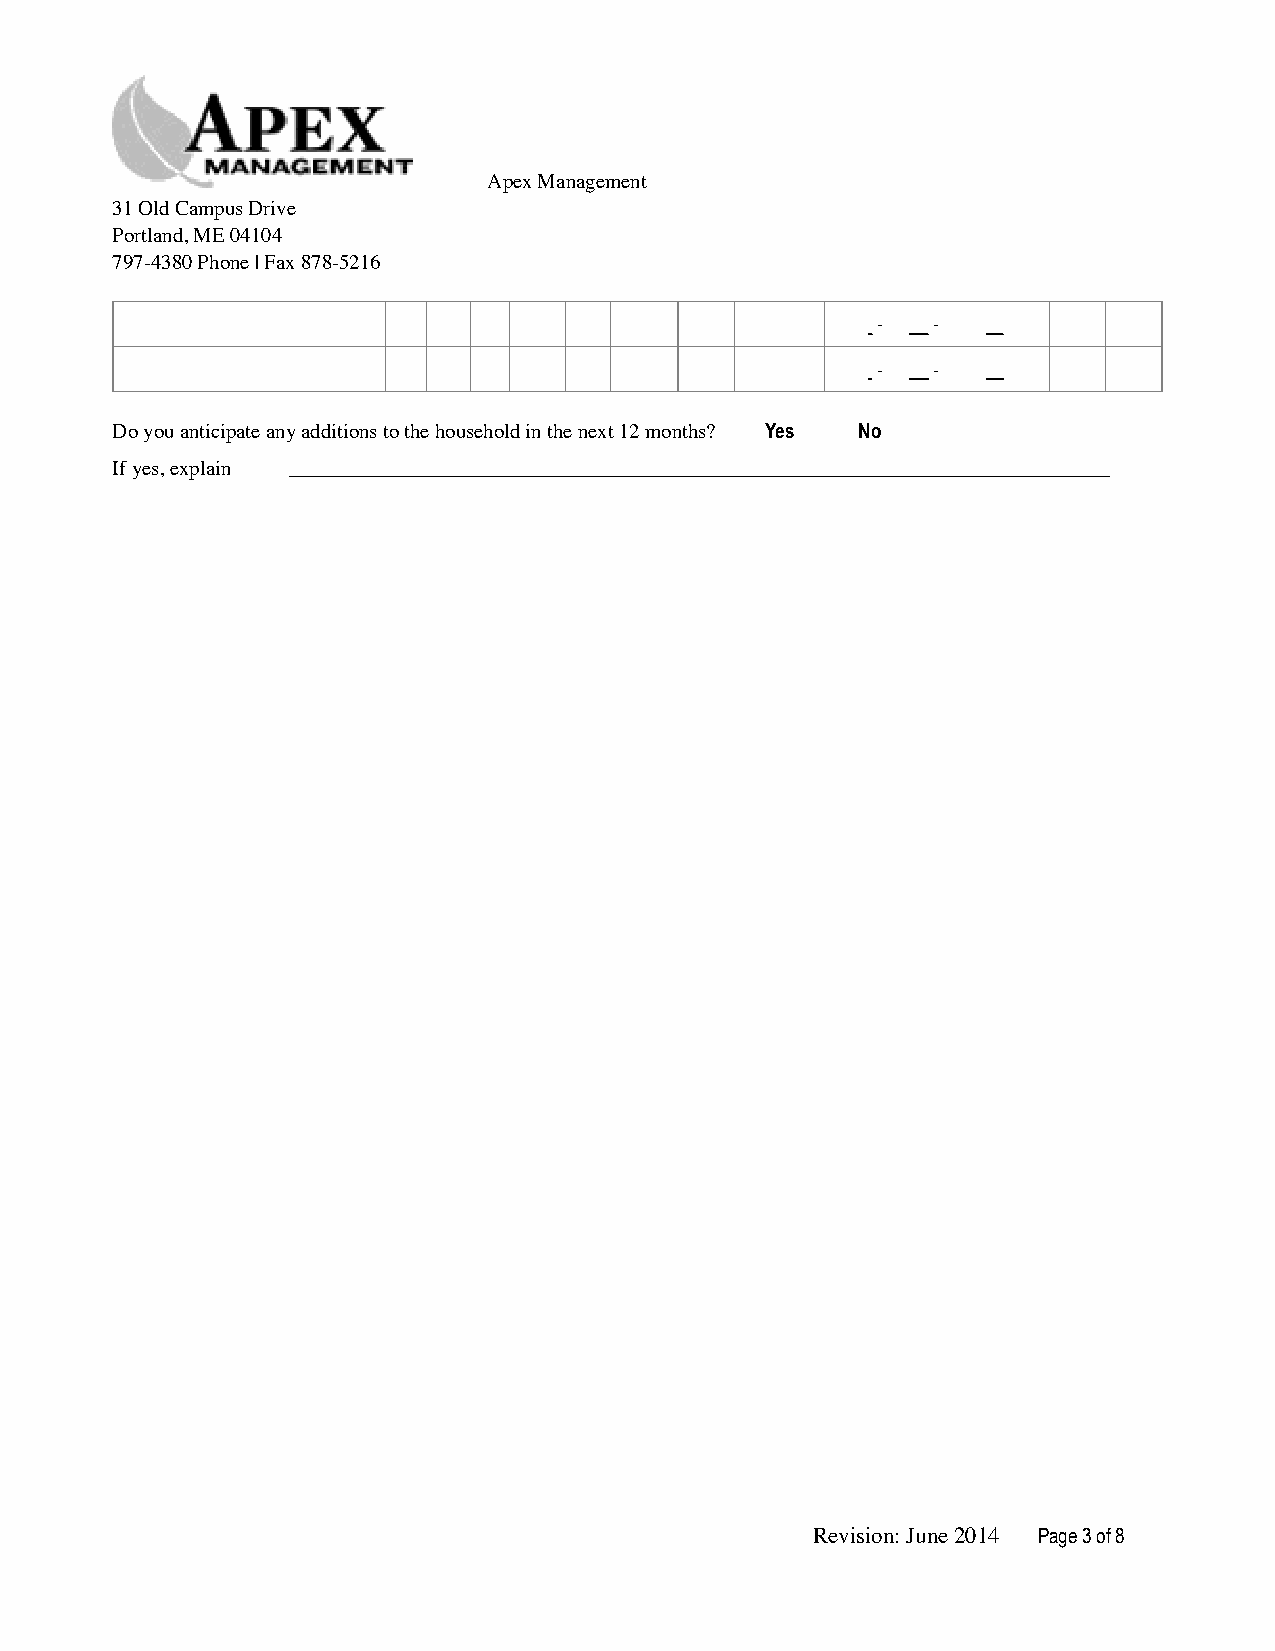
Apex Management
 31 Old Campus Drive
 Portland, ME 04104
 797-4380 Phone | Fax 878-5216
 -   -
 -   -
 Do you anticipate any additions to the household in the next 12 months? Yes No
 If yes, explain
 Revision: June 2014 Page !3 of !8